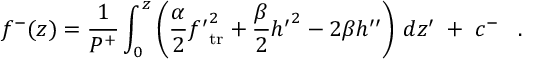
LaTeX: f ^ { - } ( z ) = { \frac { 1 } { P ^ { + } } } \int _ { 0 } ^ { z } \left( { \frac { \alpha } { 2 } } { f ^ { \prime } } _ { \mathrm { t r } } ^ { 2 } + { \frac { \beta } { 2 } } { h ^ { \prime } } ^ { 2 } - 2 \beta h ^ { \prime \prime } \right) \, d z ^ { \prime } \; + \; c ^ { - } \; \; \; .